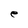
Character: e